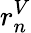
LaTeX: r_{n}^{V}